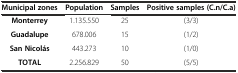
| Municipal zones | Population | Samples | Positive samples (C.n/C.a) |
 | --- | --- | --- | --- |
 | Monterrey | 1.135.550 | 25 | (3/3) |
 | Guadalupe | 678.006 | 15 | (1/2) |
 | San Nicolás | 443.273 | 10 | (1/0) |
 | TOTAL | 2.256.829 | 50 | (5/5) |